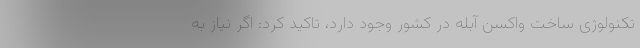
تکنولوژی ساخت واکسن آبله در کشور وجود دارد،‌ تاکید کرد: اگر نیاز به